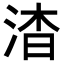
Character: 𬇷